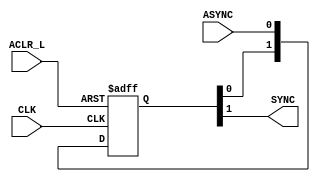
`timescale 1ns / 1ps
//
module Sync2(
    input CLK,//
    input ASYNC,//usbusb
    input ACLR_L,//
    output SYNC//
    );
    
reg [1:0] SREG;
wire aclr_i;

assign aclr_i = ~ACLR_L; 
assign SYNC = SREG[1];

//Dusbusb
always @(posedge CLK or posedge aclr_i) begin        
        if(aclr_i) begin
            SREG <= 2'b00;
        end
        else begin
            SREG[0] <= ASYNC;//usb
            SREG[1] <= SREG[0];//usb
        end
end
   
endmodule